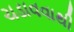
ચડાવવાથી